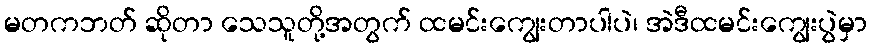
မတကဘတ် ဆိုတာ သေသူတို့အတွက် ထမင်းကျွေးတာပါပဲ၊ အဲဒီထမင်းကျွေးပွဲမှာ